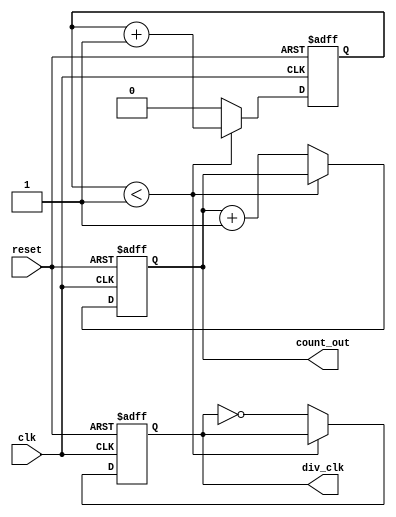
module frequency_divider_counter #(
    parameter N = 2 // Division factor (default to 2)
)(
    input wire clk,        // Input clock
    input wire reset,      // Asynchronous reset
    output reg div_clk,    // Output divided clock
    output reg [$clog2(N)-1:0] count_out // Count output
);

    reg [$clog2(N)-1:0] count; // Internal counter

    always @(posedge clk or posedge reset) begin
        if (reset) begin
            count <= 0;
            div_clk <= 0;
            count_out <= 0;
        end else begin
            // Increment the counter
            if (count < (N-1)) begin
                count <= count + 1;
            end else begin
                count <= 0; // Reset count
                div_clk <= ~div_clk; // Toggle output clock
                count_out <= count_out + 1; // Increment count output
            end
        end
    end
    
endmodule